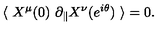
\langle \ X ^ { \mu } ( 0 ) \ \partial _ { \parallel } X ^ { \nu } ( e ^ { i \theta } ) \ \rangle = 0 .